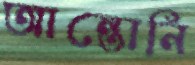
আন্তোনি